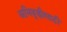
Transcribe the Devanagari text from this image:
अभिवृद्धीसाठी